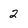
Character: 2